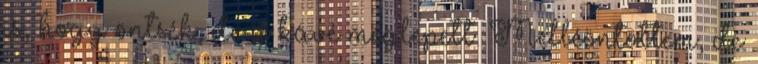
is, hogy öntsék, de a kávé meglepett. Melléöntöttem, de